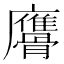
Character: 𩪠